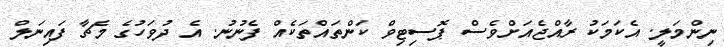
ނިންމަލީ. އެކަމަކު ރާއްޖެއަށްވެސް ޕޮސިޓިވް ކަންތައްތަކެއް ފެނުނު. އެ ދުވަހުގެ މެޗާ ފައިނަލް